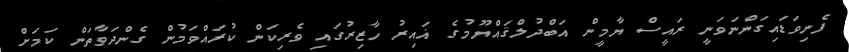
ފެނިވަޑައިގަންނަވަނީ ރައީސް ޔާމީން އަބްދުލްޤައްޔޫމުގެ ޣައިރު ހާޒިރުގައި ވެރިކަން ކުރައްވަމުން ގެންދަވާތަން ކަމަށް